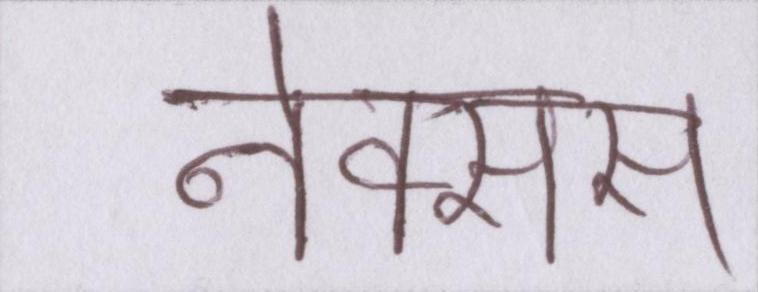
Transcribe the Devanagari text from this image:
नेक्सस